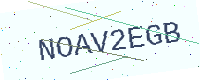
Text: NOAV2EGB